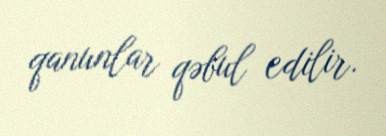
qanunlar qəbul edilir.